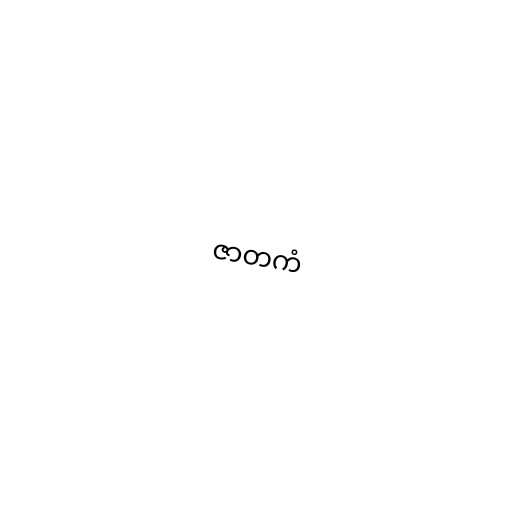
ဇာတကံ